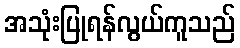
အသုံးပြုရန်လွယ်ကူသည်